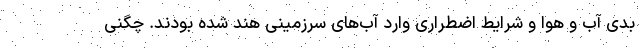
بدی آب و هوا و شرایط اضطراری وارد آب‌های سرزمینی هند شده بودند. چگنی